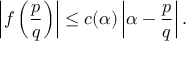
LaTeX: \left| f \left( { \frac { p } { q } } \right) \right| \leq c ( \alpha ) \left| \alpha - { \frac { p } { q } } \right| .